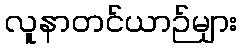
လူနာတင်ယာဉ်များ